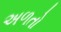
અળતો